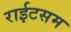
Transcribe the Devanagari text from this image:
राईटसम